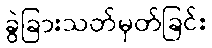
ခွဲခြားသတ်မှတ်ခြင်း